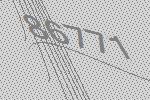
86771